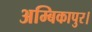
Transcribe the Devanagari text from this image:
अम्बिकापुर।